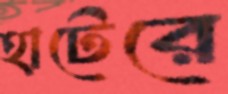
হাটেরে